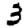
Digit: 3